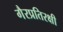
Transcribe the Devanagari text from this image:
गैरप्रतिरक्षी